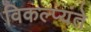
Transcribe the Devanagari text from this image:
विकल्प्यंते